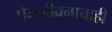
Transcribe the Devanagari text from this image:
प्रेमजीवनाचाही